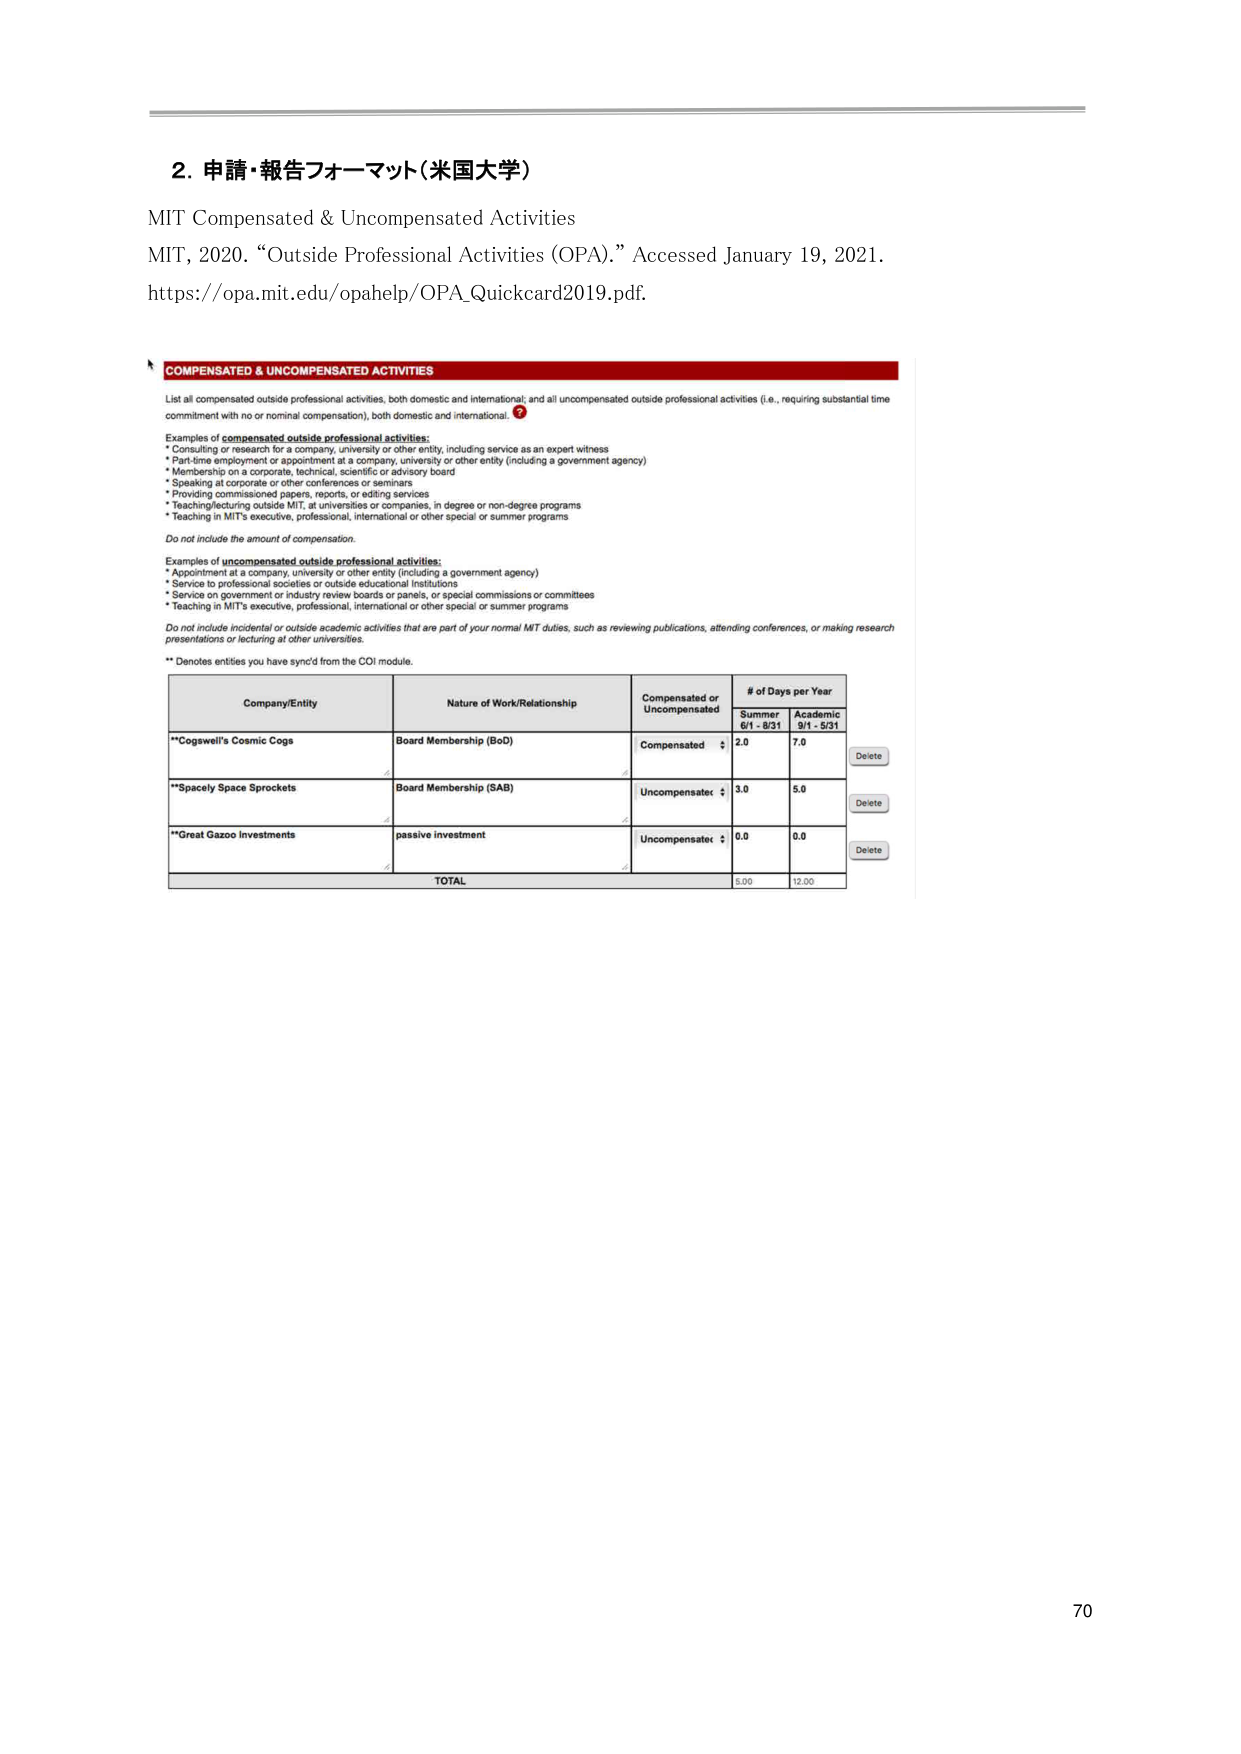
2. 申請・報告フォーマット（米国大学）

MIT Compensated & Uncompensated Activities
MIT, 2020. “Outside Professional Activities (OPA).” Accessed January 19, 2021.
https://opa.mit.edu/opahelp/OPA_Quickcard2019.pdf.

COMPENSATED & UNCOMPENSATED ACTIVITIES
List all compensated outside professional activities, both domestic and international, and all uncompensated outside professional activities (i.e., requiring substantial time commitment with no or nominal compensation), both domestic and international. ⑦

Examples of compensated outside professional activities:
* Consulting or research for a company, university or other entity, including service as an expert witness
* Part-time employment or appointment at a company, university or other entity (including a government agency)
* Membership on a corporate, technical, scientific or advisory board
* Speaking at corporate or other conferences or seminars
* Providing commissioned papers, reports, or editing services
* Teaching/lecturing outside MIT, at universities or companies, in degree or non-degree programs
* Teaching in MIT’s executive, professional, international or other special or summer programs

Do not include the amount of compensation.

Examples of uncompensated outside professional activities:
* Appointment at a company, university or other entity (including a government agency)
* Service to professional societies or outside educational institutions
* Service on government or industry review boards or panels, or special commissions or committees
* Teaching in MIT’s executive, professional, international or other special or summer programs

Do not include incidental or outside academic activities that are part of your normal MIT duties, such as reviewing publications, attending conferences, or making research presentations or lecturing at other universities.

** Denotes entities you have sync’d from the COI module.

Company/Entity                      Nature of Work/Relationship         Compensated or Uncompensated   # of Days per Year
                                                                                                   Summer 6/1 - 8/31   Academic 9/1 - 5/31
**Cogswell's Cosmic Cogs           Board Membership (BoD)              Compensated                  2.0                 7.0
                                                                                                   Delete
**Spacely Space Sprockets          Board Membership (SAB)              Uncompensated                3.0                 5.0
                                                                                                   Delete
**Great Gazoo Investments          passive investment                  Uncompensated                0.0                 0.0
                                                                                                   Delete
TOTAL                                                                                             5.00                12.00

70